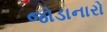
જોડાનારો